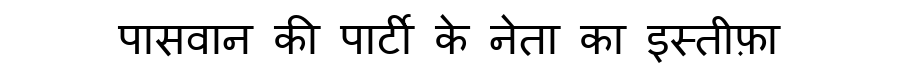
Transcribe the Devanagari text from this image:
पासवान की पार्टी के नेता का इस्तीफ़ा